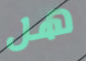
هل